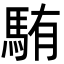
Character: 𩣋